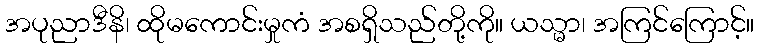
အပုညာဒီနိ၊ ထိုမကောင်းမှုကံ အစရှိသည်တို့ကို။ ယသ္မာ၊ အကြင်ကြောင့်။